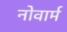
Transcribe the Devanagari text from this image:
नोवार्म